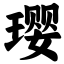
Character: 璎